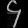
Digit: ၄